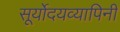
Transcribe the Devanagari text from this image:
सूर्योदयव्यापिनी